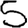
Digit: 5